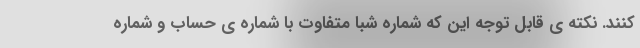
کنند. نکته ی قابل توجه این که شماره شبا متفاوت با شماره ی حساب و شماره